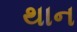
થાન